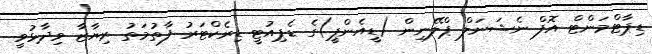
ޑިޕާޓްމަންޓް އޮފް ނެޝަނަލް ޕްލޭނިން (ޑީއެންޕީ)ގެ ޑެޕިއުޓީ ޑިރެކްޓަރު ފާތުމަތު ރިޔާޒާ ވިދާޅުވީ